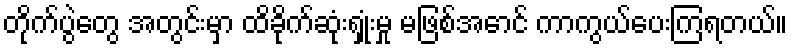
တိုက်ပွဲတွေ အတွင်းမှာ ထိခိုက်ဆုံးရှုံးမှု မဖြစ်အောင် ကာကွယ်ပေးကြရတယ်။